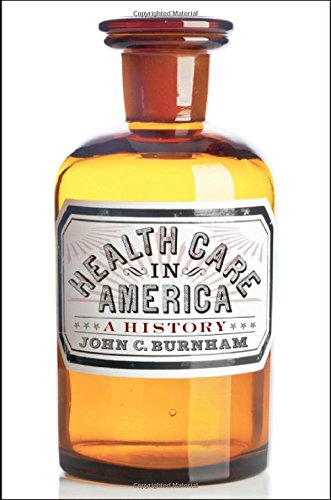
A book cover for Health Care in America: A History; John C. Burnham; Medical Books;